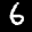
Label: 6